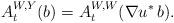
LaTeX: \begin{align*} A^{W,Y}_t(b) = A^{W,W}_t(\nabla u^*\, b).\end{align*}